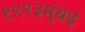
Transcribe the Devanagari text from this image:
१९९३मुंबई